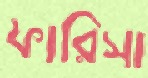
ফারিসা